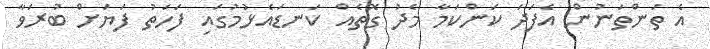
އެ ތަންތަނުން އެފަދަ ކަންކަމާ މެދު ގޮތެއް ކަނޑައެޅުމުގައި ފަހަތު ފަޔަށް ބުރަވާ